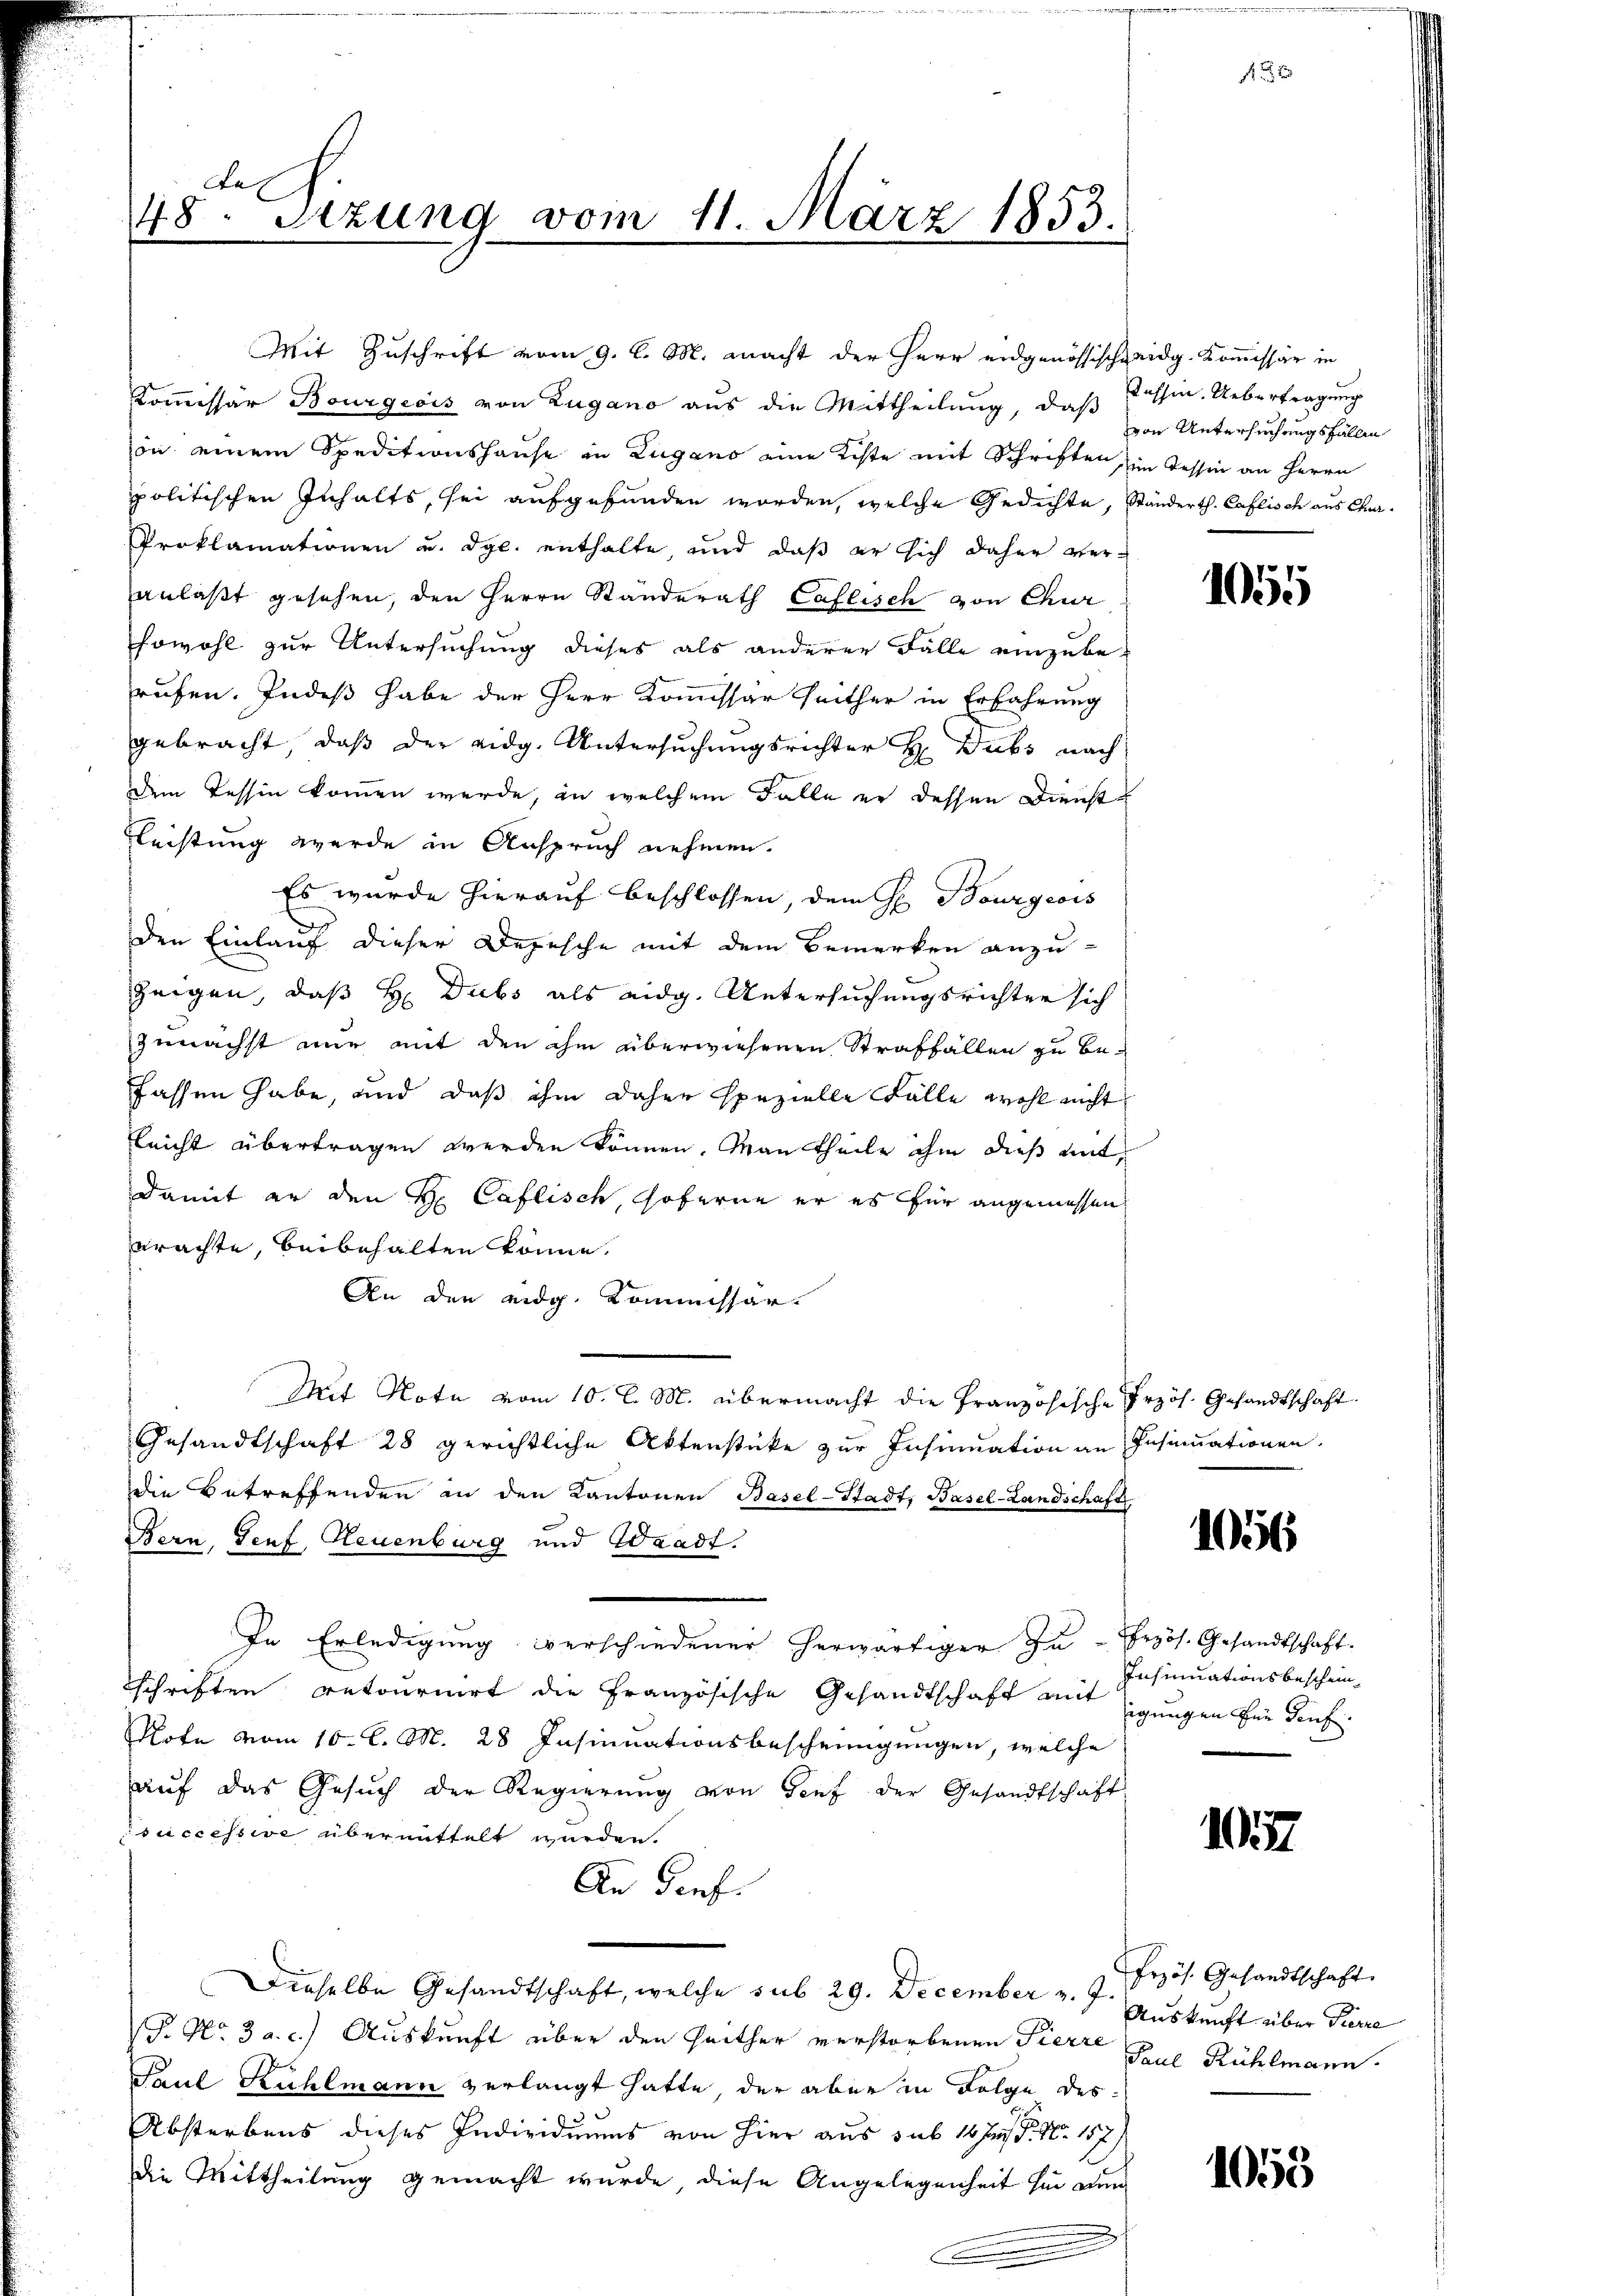
de
48. Setzung vom 11. März 1853.

Mit Zuschrift vom 9. l. M. macht der Herr eidgenössischeidg. Kommissär in
Kommissär Bourgeois von Zugano aus die Mittheilung, daß Cassin. Uebertragung
on einem Speditionshause in Zugano eine Kiste mit Schriften, im Tessin an Herrn
politischen Inhalts, sei aufgefunden worden, welche Gedichte, Ständerth. Caflisch aus Ca¬
Proklamationen u. dgl. enthalte, und daß er sich daher veranlaßt gesehen, den Herrn Standerath Caflisch von Chur
sowohl zur Untersuchung dieses als anderer Fälle einzuberufen. Indeß habe der Herr Kommissar seither in Erfahrung
gebracht, daß der eidg. Untersuchungsrichter H. Dubs nach
dem Tessin kommen werde, in welchem Falle er dessen Dienst
Fleistung werde in Anspruch nehmen.
Es wurde hierauf beschlossen, dem H. Bourgeois
den Einlauf dieser Depesche mit dem Bemerken anzu-
zeigen, daß H. Dubs als eidg. Untersuchungsrichter sich
zunächst nur mit den ihm überwiesenen Straffallen zu be-
Jassen habe, und daß ihm daher spezielle Fälle wohl nicht
leicht übertragen werden können. Man theile ihm dieß mit,
damit er den H Caflisch, Hoferne er es für angemessen
brachte, beibehalten könne.
An den eidg. Kommissär
Mit Note vom 10. l. M. übermacht die Französische Przös. Gesandtschaft
Gesandtschaft 28 gerichtliche Aktenstücke zur Insinuation an Insinuationen.
die Betreffenden in den Kantonen Basel-Stadt, Basel-Landschaft
Bern, Senf, Neuenburg und Waadt.
In Erledigung verschiedener herwärtiger zu - Brzös. Gesandtschaft.
schriften retournirt die Französische Gesandtschaft mit eigungen Ein darf.
Note vom 10. l. M. 28 Insinuationsbescheinigungen, welche
auf das Gesuch der Regierung von Genf der Gesandtschaft
successive übermittelt wurden.
An Dorf.
Dieselbe Gesandtschaft, welche sub 29. December v. 7. Auskunft über Pierre
P. No 3 a. c.) Auskunft über den Heither verstorbenen Pierre
Paul Kühlmann verlangt hatte, der aber in Folge des
Absterbens dieses Individuums von hier aus sub 14 J. P. Nr. 157
die Mittheilung gemacht wurde diese Angelegenheit sie nun

von Untersuchungsfallen

1055

.

1056

Insinuationsbeschein

1037

Erzös. Gesandtschaft.
Paul Rühlmann.

1050